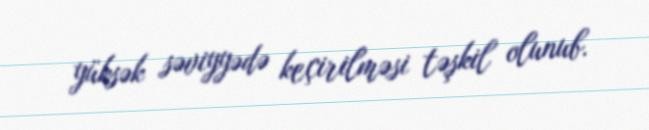
yüksək səviyyədə keçirilməsi təşkil olunub.